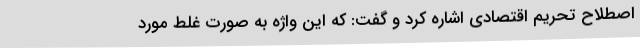
اصطلاح تحریم اقتصادی اشاره کرد و گفت: که این واژه به صورت غلط مورد